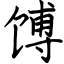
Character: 馎